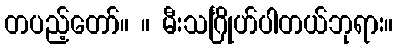
တပည့်တော်။ ။ မီးသင်္ဂြိုဟ်ပါတယ်ဘုရား။